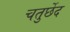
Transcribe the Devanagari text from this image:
चतुर्छेद